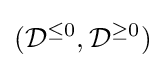
({\mathcal {D}}^{\leq 0},{\mathcal {D}}^{\geq 0})